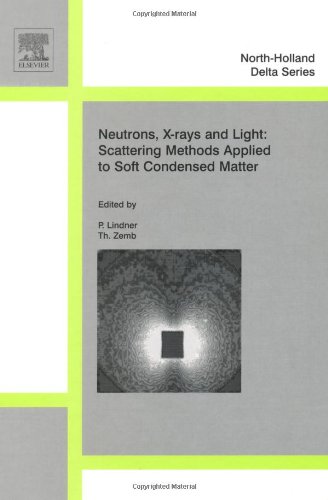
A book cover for Neutron, X-rays and Light. Scattering Methods Applied to Soft Condensed Matter (North-Holland Delta Series); Science & Math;